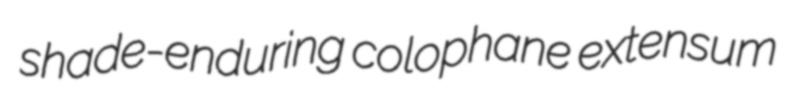
shade-enduring colophane extensum